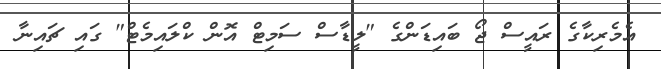
އެމެރިކާގެ ރައީސް ޖޯ ބައިޑަންގެ "ލީޑާސް ސަމިޓް އޮން ކްލައިމެޓް" ގަައި ޗައިނާ